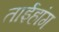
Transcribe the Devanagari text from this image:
ताईहांग